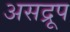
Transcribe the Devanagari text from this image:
असद्रूप